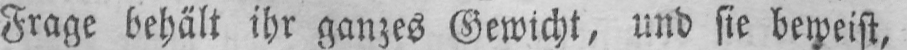
Frage behält ihr ganzes Gewicht, und sie beweist,